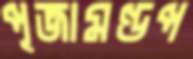
পূজামণ্ডপ